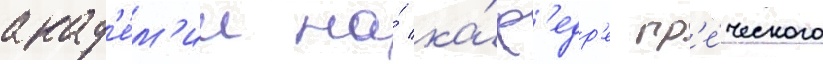
акад'е́м'ии на́ ка́ф'едр'е гр'е́ческого